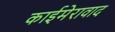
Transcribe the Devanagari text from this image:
काईमेरावाद